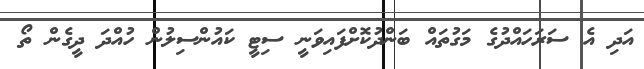
އަދި އެ ސަރަހައްދުގެ މަގުތައް ބަންދުކޮށްފައިވަނީ ސިޓީ ކައުންސިލުން ހުއްދަ ދީގެން ތޯ